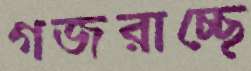
গজরাচ্ছে